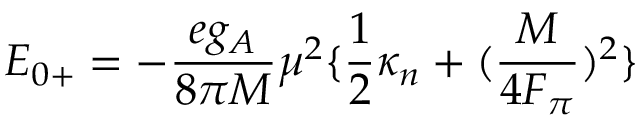
E _ { 0 + } = - { \frac { e g _ { A } } { 8 \pi M } } \mu ^ { 2 } \{ { \frac { 1 } { 2 } } \kappa _ { n } + ( { \frac { M } { 4 F _ { \pi } } } ) ^ { 2 } \}